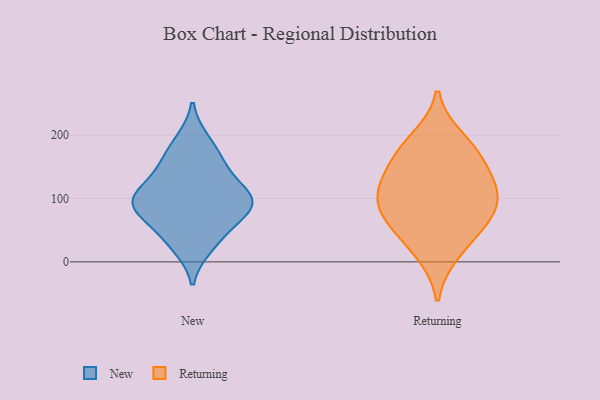
{"axis": {"x": "Budget (USD K)", "y": "Value"}, "legend": ["New", "Returning"], "data": [{"x": "", "y": 86, "type": "New"}, {"x": "", "y": 102, "type": "New"}, {"x": "", "y": 74, "type": "New"}, {"x": "", "y": 110, "type": "New"}, {"x": "", "y": 159, "type": "New"}, {"x": "", "y": 105, "type": "New"}, {"x": "", "y": 44, "type": "New"}, {"x": "", "y": 148, "type": "New"}, {"x": "", "y": 191, "type": "New"}, {"x": "", "y": 24, "type": "New"}, {"x": "", "y": 86, "type": "New"}, {"x": "", "y": 51, "type": "Returning"}, {"x": "", "y": 115, "type": "Returning"}, {"x": "", "y": 110, "type": "Returning"}, {"x": "", "y": 14, "type": "Returning"}, {"x": "", "y": 167, "type": "Returning"}, {"x": "", "y": 72, "type": "Returning"}, {"x": "", "y": 161, "type": "Returning"}, {"x": "", "y": 194, "type": "Returning"}, {"x": "", "y": 76, "type": "Returning"}, {"x": "", "y": 114, "type": "Returning"}]}